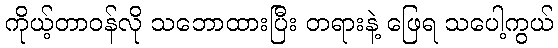
ကိုယ့်တာဝန်လို သဘောထားပြီး တရားနဲ့ ဖြေရ သပေါ့ကွယ်